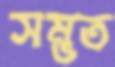
সম্ভত